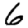
Digit: 6